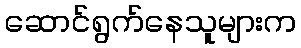
ဆောင်ရွက်နေသူများက